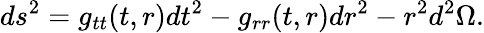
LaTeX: ds^{2}=g_{tt}(t,r)dt^{2}-g_{rr}(t,r)dr^{2}-r^{2}d^{2}\Omega.